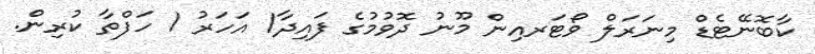
ކާބޮނޭޓެޑް މިނަރަލް ވޯޓަރއިން މޫނު ދޮވުމުގެ ފައިދާ1 އަހަރު 1 ހަފްތާ ކުރިން.